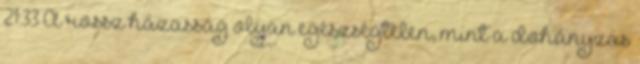
21:33 A rossz házasság olyan egészségtelen, mint a dohányzás